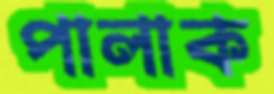
পালাক